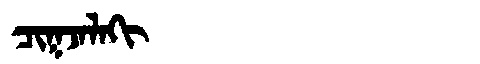
Manchu: ᠴᡳᡴᠵᠠᠯᠠᡴᡳ
Romanization: CIKJALAKI